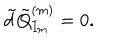
\tilde { d } \tilde { Q } _ { I _ { m } } ^ { ( m ) } = 0 .